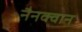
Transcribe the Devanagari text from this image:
नैनक्वान